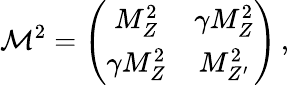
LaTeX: {\cal M}^{2}=\left(\begin{array}{cc}{{M_{Z}^{2}}}&{{\gamma M_{Z}^{2}}}\\ {{\gamma M_{Z}^{2}}}&{{M_{Z^{\prime}}^{2}}}\end{array}\right)\, ,